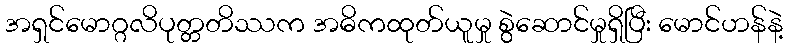
အရှင်မောဂ္ဂလိပုတ္တတိဿက အဓိကထုတ်ယူမှု စွဲဆောင်မှုရှိပြီး မောင်ဟန်နဲ့